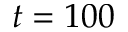
t = 1 0 0